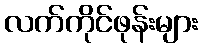
လက်ကိုင်ဖုန်းများ